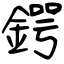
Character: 鍔